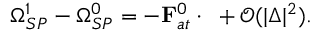
{ \Omega } _ { S P } ^ { 1 } - { \Omega } _ { S P } ^ { 0 } = - { \bf F } _ { a t } ^ { 0 } \cdot { \bf \Delta } + \mathcal { O } ( | \Delta | ^ { 2 } ) .